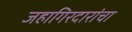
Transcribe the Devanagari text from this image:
जहागिरदारांचा